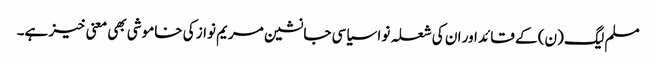
مسلم لیگ (ن) کے قائد اور ان کی شعلہ نوا سیاسی جانشین مریم نواز کی خاموشی بھی معنی خیز ہے۔